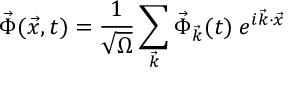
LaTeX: \vec { \Phi } ( \vec { x } , t ) = \frac { 1 } { \sqrt { \Omega } } \sum _ { \vec { k } } \vec { \Phi } _ { \vec { k } } ( t ) \; e ^ { i \vec { k } \cdot \vec { x } }